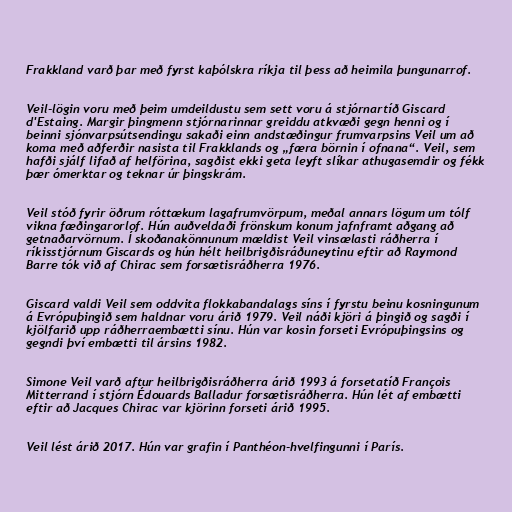
Frakkland varð þar með fyrst kaþólskra ríkja til þess að heimila þungunarrof.

Veil-lögin voru með þeim umdeildustu sem sett voru á stjórnartíð Giscard
d'Estaing. Margir þingmenn stjórnarinnar greiddu atkvæði gegn henni og í
beinni sjónvarpsútsendingu sakaði einn andstæðingur frumvarpsins Veil um að
koma með aðferðir nasista til Frakklands og „færa börnin í ofnana“. Veil, sem
hafði sjálf lifað af helförina, sagðist ekki geta leyft slíkar athugasemdir og fékk
þær ómerktar og teknar úr þingskrám.

Veil stóð fyrir öðrum róttækum lagafrumvörpum, meðal annars lögum um tólf
vikna fæðingarorlof. Hún auðveldaði frönskum konum jafnframt aðgang að
getnaðarvörnum. Í skoðanakönnunum mældist Veil vinsælasti ráðherra í
ríkisstjórnum Giscards og hún hélt heilbrigðisráðuneytinu eftir að Raymond
Barre tók við af Chirac sem forsætisráðherra 1976.

Giscard valdi Veil sem oddvita flokkabandalags síns í fyrstu beinu kosningunum
á Evrópuþingið sem haldnar voru árið 1979. Veil náði kjöri á þingið og sagði í
kjölfarið upp ráðherraembætti sínu. Hún var kosin forseti Evrópuþingsins og
gegndi því embætti til ársins 1982.

Simone Veil varð aftur heilbrigðisráðherra árið 1993 á forsetatíð François
Mitterrand í stjórn Édouards Balladur forsætisráðherra. Hún lét af embætti
eftir að Jacques Chirac var kjörinn forseti árið 1995.

Veil lést árið 2017. Hún var grafin í Panthéon-hvelfingunni í París.